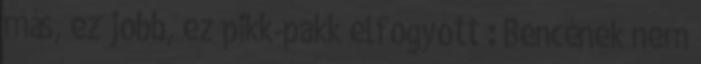
más, ez jobb, ez pikk-pakk elfogyott : Bencének nem